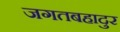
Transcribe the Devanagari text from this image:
जगतबहादुर